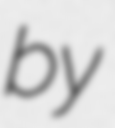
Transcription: by